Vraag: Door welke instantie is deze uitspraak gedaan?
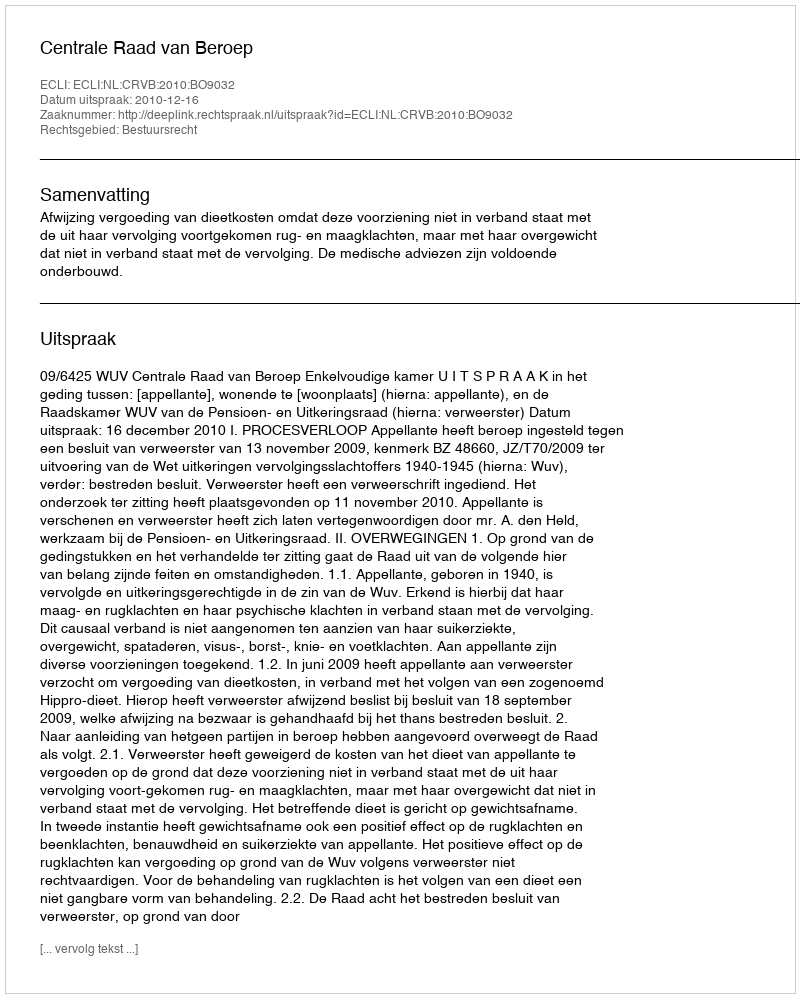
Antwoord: Centrale Raad van Beroep